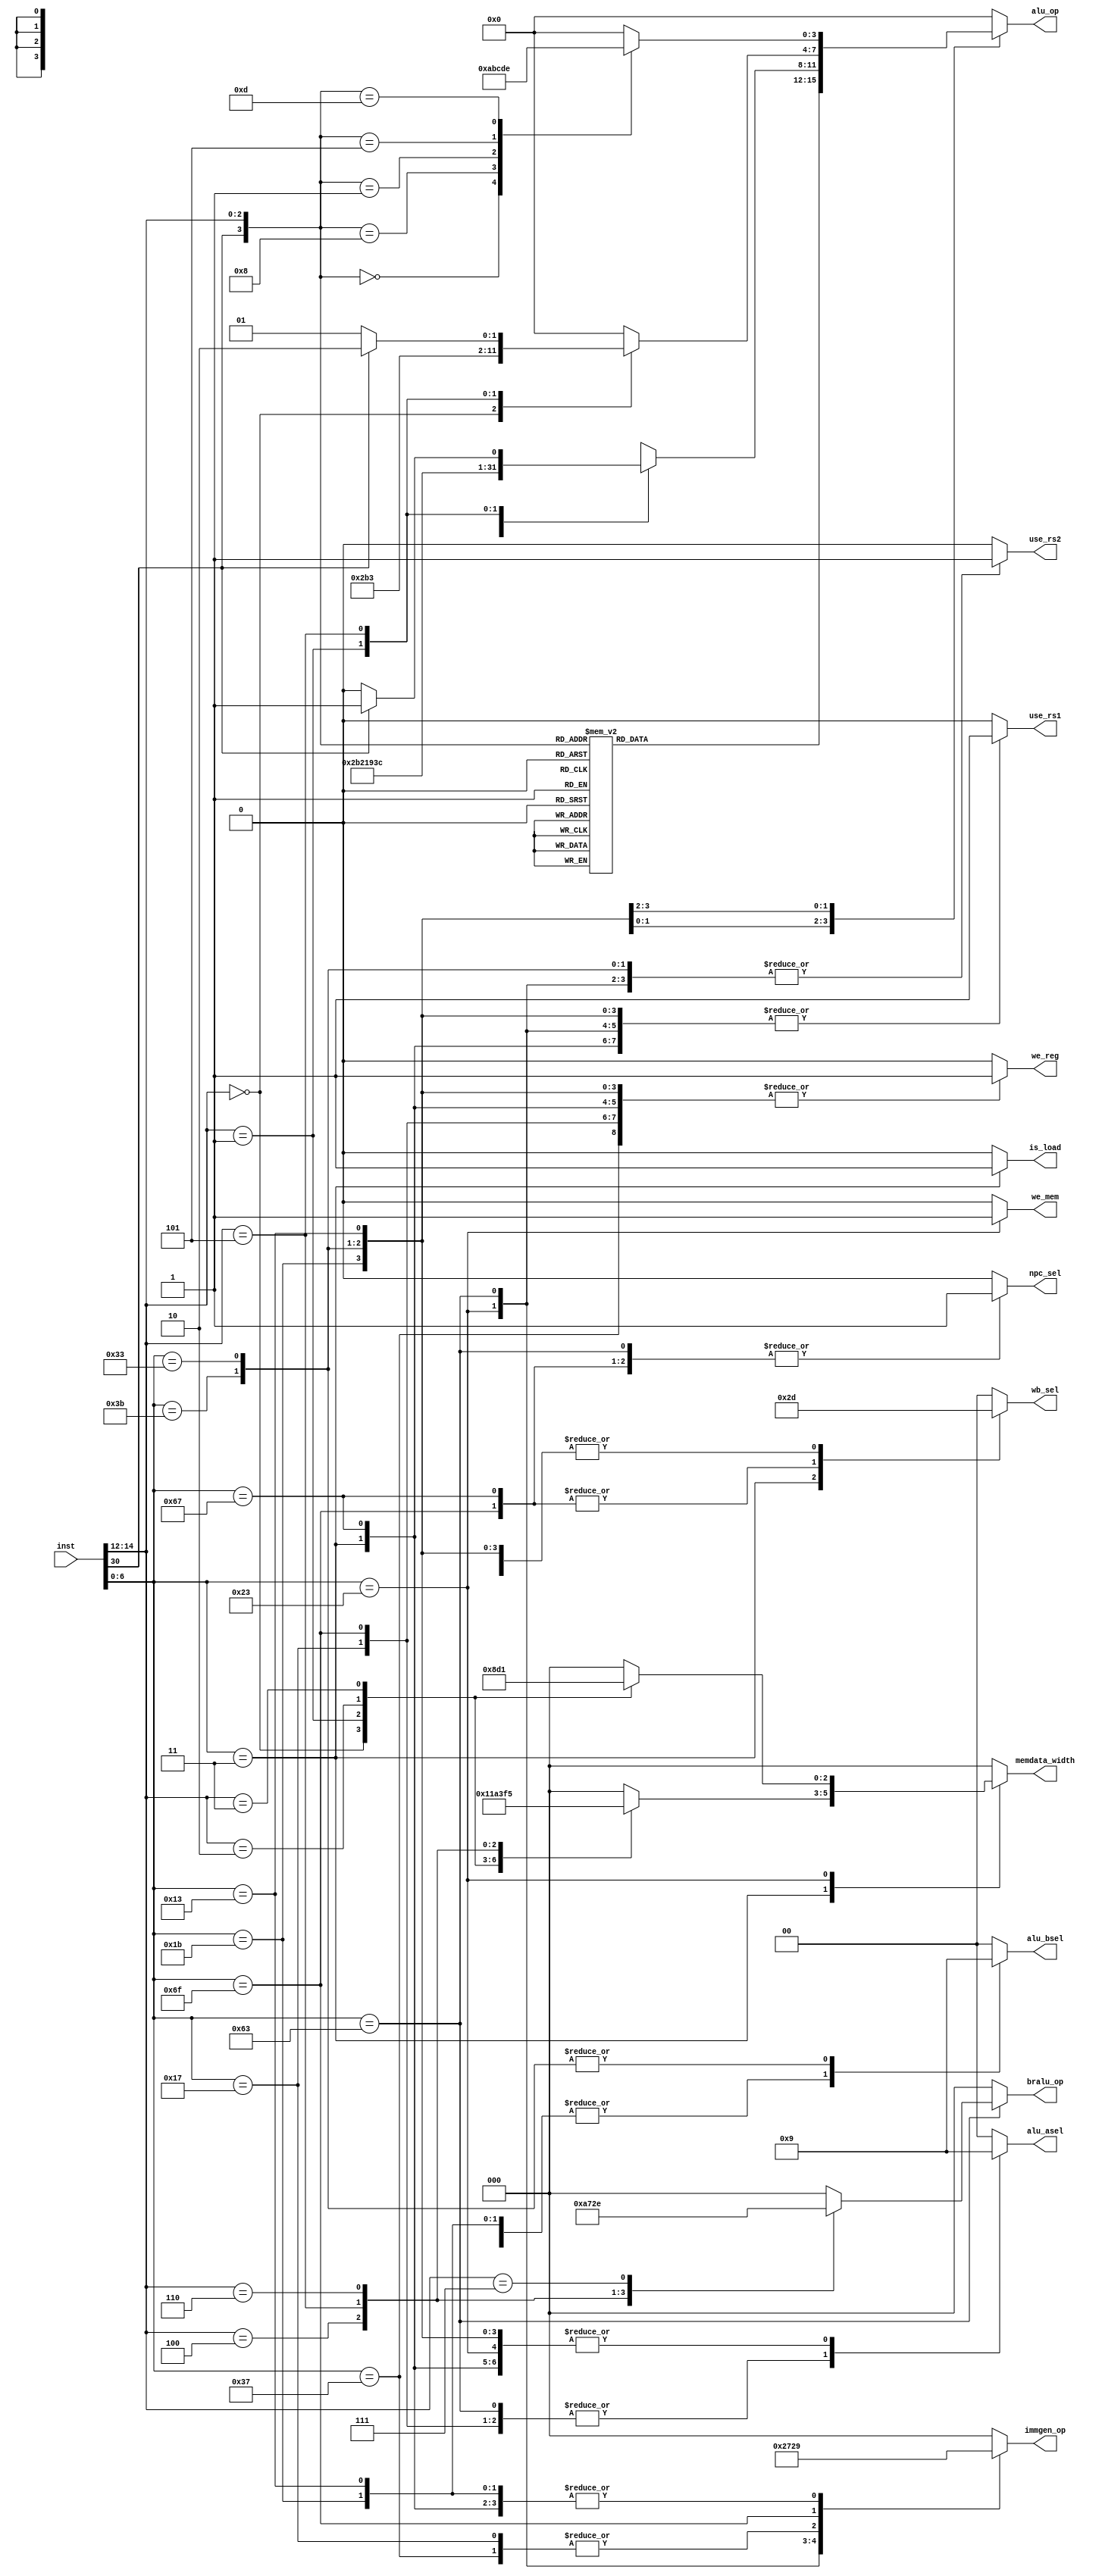
module Control(
  input [31:0] inst,
// control sign 
  output reg is_load,
  output reg we_reg,
  output reg we_mem,
  output reg npc_sel,
  output reg [1:0]alu_asel,
  output reg [1:0]alu_bsel,
  output reg [1:0]wb_sel,
  output reg [2:0]immgen_op,
  output reg [2:0]bralu_op,
  output reg [2:0]memdata_width,
  output reg [3:0]alu_op,
  output reg use_rs1,
  output reg use_rs2
);

// inst code
  wire [6:0] op_code;
  wire [2:0] funct3;
  wire funct7_1;

  assign op_code = inst[6:0];
  assign funct3  = inst[14:12];
  assign funct7_1= inst[30];

  always @(*) begin
    is_load = 0;
    we_reg = 0;    //
    we_mem = 0;    //
    npc_sel = 0;   //pc
    alu_op = 0;    //alu
    immgen_op = 0; //type
    bralu_op = 0;  //branch
    wb_sel = 0;    //
    alu_asel = 0;
    alu_bsel = 0;
    memdata_width = 0 ;//
    use_rs1 = 0;
    use_rs2 = 0;
    case (op_code)
        7'b0110011:begin
            alu_asel = 1; alu_bsel=1; wb_sel = 1; we_reg = 1; use_rs1 = 1; use_rs2 = 1;
            case({funct7_1,funct3})
                4'b0000: alu_op = 0;//add
                4'b1000: alu_op = 1;//sub
                4'b0111: alu_op = 2;//and
                4'b0110: alu_op = 3;//or
                4'b0100: alu_op = 4;//xor
                4'b0010: alu_op = 5;//slt
                4'b0011: alu_op = 6;//sltu
                4'b0001: alu_op = 7;//sll
                4'b0101: alu_op = 8;//srl
                4'b1101: alu_op = 9;//sra
                default: alu_op = 0;
            endcase
        end                     //R-type
        7'b0010011:begin
            alu_asel = 1; alu_bsel = 2; we_reg = 1; immgen_op = 1; wb_sel = 1; use_rs1 = 1;
            case(funct3)
                3'b000: alu_op = 0;//addi
                3'b010: alu_op = 5;//slti
                3'b011: alu_op = 6;//sltiu
                3'b100: alu_op = 4;//xori
                3'b110: alu_op = 3;//ori
                3'b111: alu_op = 2;//andi
                3'b001: alu_op = 7;//slli
                3'b101: begin
                    if(funct7_1) alu_op = 9;//srai
                    else alu_op = 8;//srli
                end
            endcase
        end                    //I-type
        7'b0000011:begin
            alu_asel = 1; alu_bsel = 2; we_reg = 1; immgen_op = 1; wb_sel = 2; use_rs1 = 1; is_load = 1;
            case(funct3)
                3'b000: memdata_width = 3'b100;//lb
                3'b001: memdata_width = 3'b011;//lh
                3'b010: memdata_width = 3'b010;//lw
                3'b011: memdata_width = 3'b001;//ld
                3'b100: memdata_width = 3'b111;//lbu
                3'b101: memdata_width = 3'b110;//lhu
                3'b110: memdata_width = 3'b101;//lwu
                default:memdata_width = 3'b000;
            endcase
        end                    //load
        7'b0100011:begin
            alu_asel = 1; alu_bsel = 2; immgen_op = 2; we_mem = 1; use_rs1 = 1; use_rs2 = 1;
            case(funct3)
                3'b000: memdata_width = 3'b100;//sb
                3'b001: memdata_width = 3'b011;//sh
                3'b010: memdata_width = 3'b010;//sw
                3'b011: memdata_width = 3'b001;//sd
                default:memdata_width = 3'b000;
            endcase
        end                    //store
        7'b1100011:begin
            alu_asel = 2; alu_bsel = 2; immgen_op = 3; npc_sel = 1; use_rs1 = 1 ;use_rs2 = 1;
            case(funct3)
                3'b000: bralu_op = 3'b001;//beq
                3'b001: bralu_op = 3'b010;//bne
                3'b100: bralu_op = 3'b011;//blt
                3'b101: bralu_op = 3'b100;//bge
                3'b110: bralu_op = 3'b101;//bltu
                3'b111: bralu_op = 3'b110;//bgeu
                default:bralu_op = 0;
            endcase
        end                    //B-type
        7'b0110111:begin
            immgen_op = 4; we_reg = 1; alu_bsel = 2; wb_sel = 1; 
        end                    //lui
        7'b0010111:begin
            immgen_op = 4; we_reg = 1; alu_asel = 2; alu_bsel = 2; wb_sel = 1;
        end                    //auipc
        7'b1101111:begin
            immgen_op = 5; we_reg = 1; alu_asel = 2; alu_bsel = 2; wb_sel = 3; npc_sel = 1;
        end                    //jal
        7'b1100111:begin
            immgen_op = 1; we_reg = 1; alu_asel = 1; alu_bsel = 2; wb_sel = 3; npc_sel = 1; use_rs1 = 1;
        end                    //jalr
        7'b0011011:begin
            immgen_op = 1; we_reg = 1; alu_asel = 1; alu_bsel = 2; wb_sel = 1; use_rs1 = 1;
            case(funct3)
                3'b000: alu_op = 10;//addiw
                3'b001: alu_op = 12;//slliw
                3'b101: begin
                    if(funct7_1) alu_op = 14;//sraiw
                    else alu_op = 13;//srliw
                end
                default: alu_op = 0 ;
            endcase
        end                    //addiw,slliw,srliw,sraiw
        7'b0111011:begin
            alu_asel = 1; alu_bsel=1; wb_sel = 1; we_reg = 1; use_rs1 = 1; use_rs2 = 1;
            case({funct7_1,funct3})
                4'b0000: alu_op = 10;//addw
                4'b1000: alu_op = 11;//subw
                4'b0001: alu_op = 12;//sllw
                4'b0101: alu_op = 13;//srlw
                4'b1101: alu_op = 14;//sraw
                default: alu_op = 0 ;
            endcase
        end
      default: alu_op = 0;
    endcase
  end

endmodule